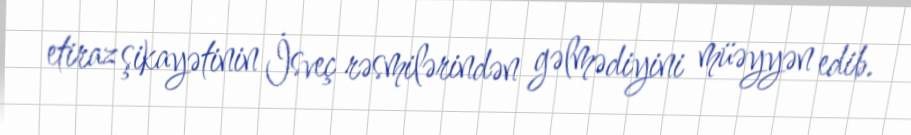
etiraz şikayətinin İsveç rəsmilərindən gəlmədiyini müəyyən edib.